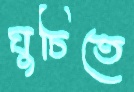
ঘুচিতে